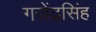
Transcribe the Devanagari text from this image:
गजेंद्रसिंह